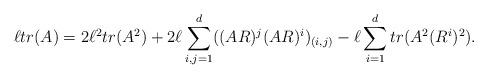
LaTeX: \begin{align*}\ell tr(A)=2\ell^2 tr(A^2) +2\ell \sum\limits_{i,j=1}^{d}((AR)^j(AR)^i)_{(i,j)}-\ell \sum\limits_{i=1}^{d}tr(A^2(R^i)^2).\end{align*}